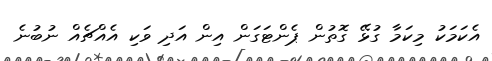
އެކަމަކު މިކަމާ ގުޅޭ ގޮތުން ޕެންޓަގަން އިން އަދި ވަކި އެއްޗެއް ނުބުނެ